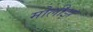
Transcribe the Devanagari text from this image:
मोलीझ